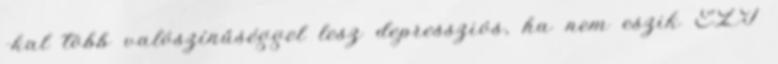
-kal több valószínűséggel lesz depressziós, ha nem eszik EZT